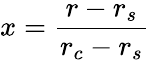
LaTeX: x=\frac{r-r_{s}}{r_{c}-r_{s}}